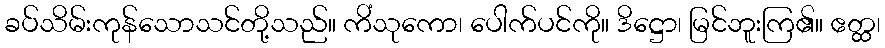
ခပ်သိမ်းကုန်သောသင်တို့သည်။ ကိံသုကော၊ ပေါက်ပင်ကို။ ဒိဋ္ဌော၊ မြင်ဘူးကြ၏။ ဧတ္ထ၊